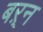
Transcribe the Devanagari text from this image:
बऱ्न